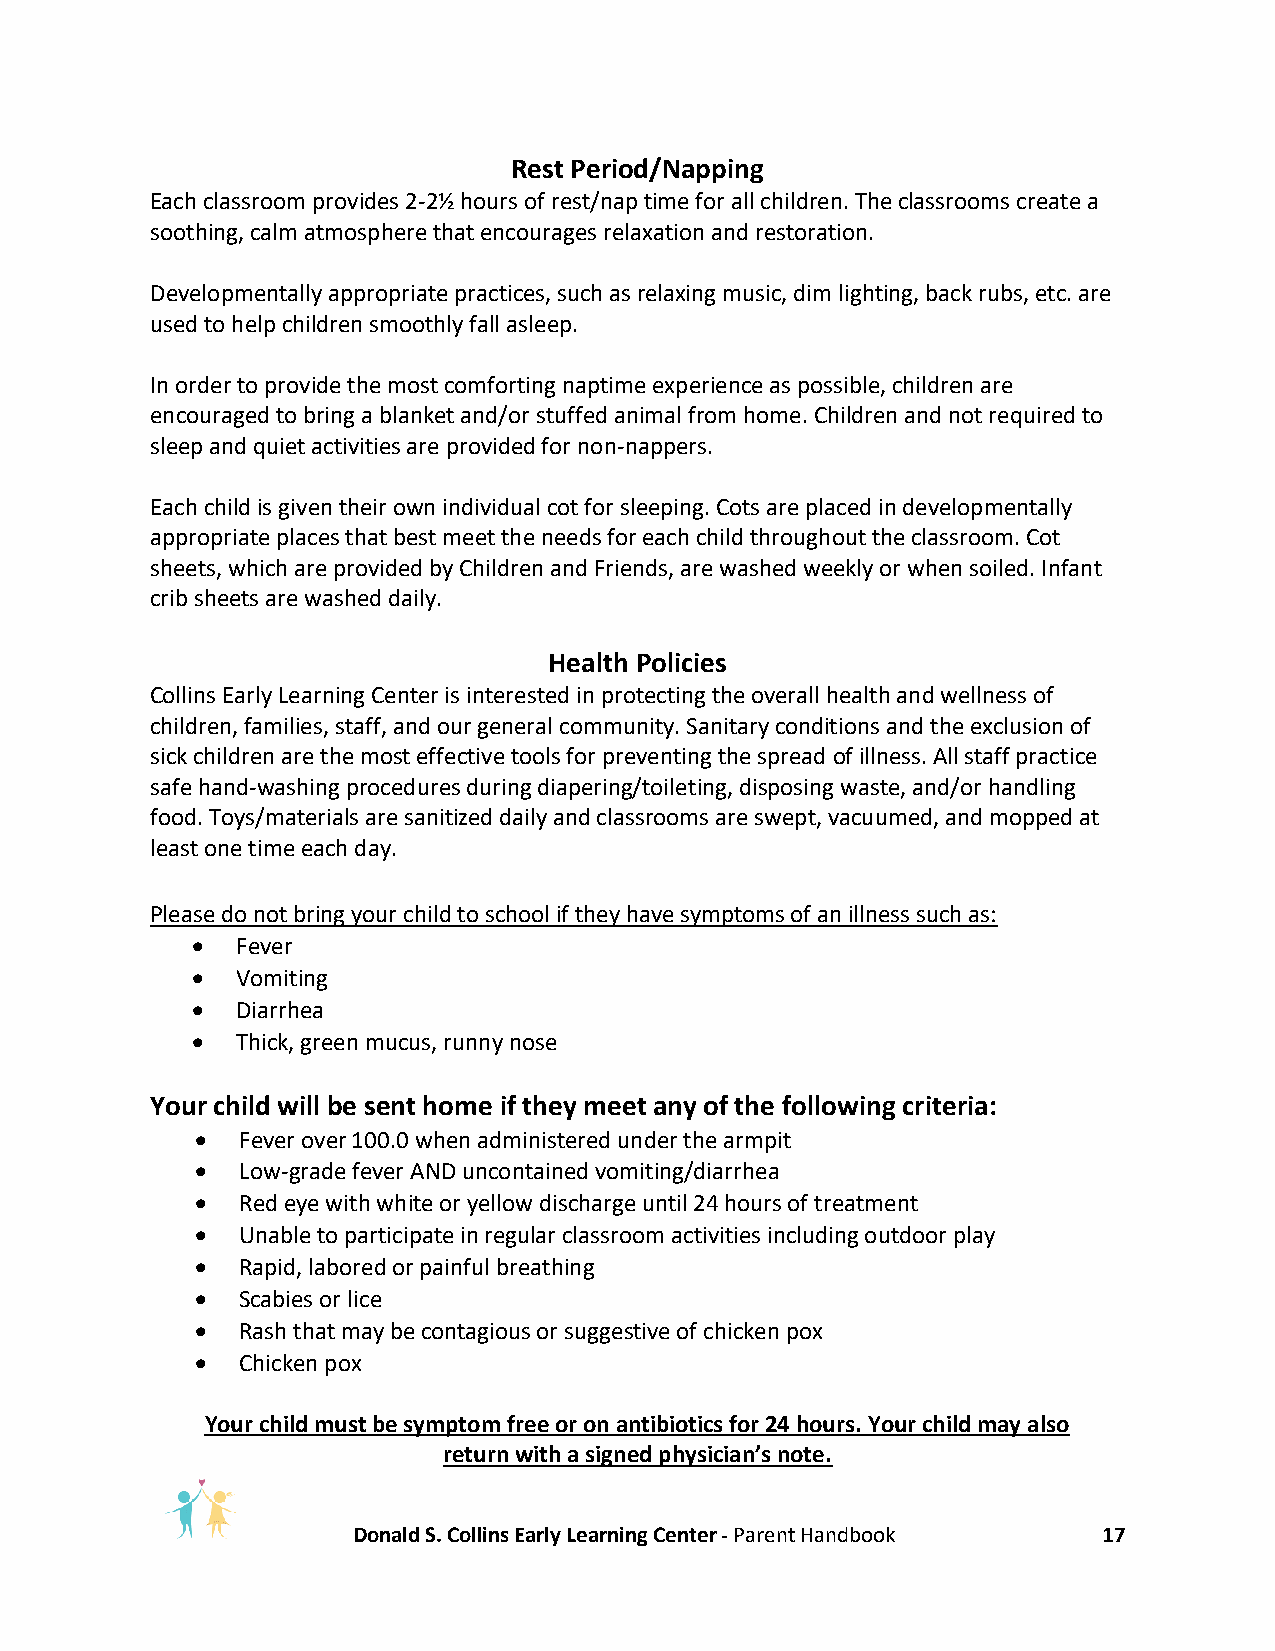
Rest Period/Napping
 Each classroom provides 2-2½ hours of rest/nap time for all children. The classrooms create a
 soothing, calm atmosphere that encourages relaxation and restoration.
 Developmentally appropriate practices, such as relaxing music, dim lighting, back rubs, etc. are
 used to help children smoothly fall asleep.
 In order to provide the most comforting naptime experience as possible, children are
 encouraged to bring a blanket and/or stuffed animal from home. Children and not required to
 sleep and quiet activities are provided for non-nappers.
 Each child is given their own individual cot for sleeping. Cots are placed in developmentally
 appropriate places that best meet the needs for each child throughout the classroom. Cot
 sheets, which are provided by Children and Friends, are washed weekly or when soiled. Infant
 crib sheets are washed daily.
 Health Policies
 Collins Early Learning Center is interested in protecting the overall health and wellness of
 children, families, staff, and our general community. Sanitary conditions and the exclusion of
 sick children are the most effective tools for preventing the spread of illness. All staff practice
 safe hand-washing procedures during diapering/toileting, disposing waste, and/or handling
 food. Toys/materials are sanitized daily and classrooms are swept, vacuumed, and mopped at
 least one time each day.
 Please do not bring your child to school if they have symptoms of an illness such as:
 •  Fever
 •  Vomiting
 •  Diarrhea
 •  Thick, green mucus, runny nose
 Your child will be sent home if they meet any of the following criteria:
 •  Fever over 100.0 when administered under the armpit
 •  Low-grade fever AND uncontained vomiting/diarrhea
 •  Red eye with white or yellow discharge until 24 hours of treatment
 •  Unable to participate in regular classroom activities including outdoor play
 •  Rapid, labored or painful breathing
 •  Scabies or lice
 •  Rash that may be contagious or suggestive of chicken pox
 •  Chicken pox
 Your child must be symptom free or on antibiotics for 24 hours. Your child may also
 return with a signed physician’s note.
 Donald S. Collins Early Learning Center - Parent Handbook 17